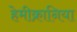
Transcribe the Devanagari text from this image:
हेमीक्रानिया